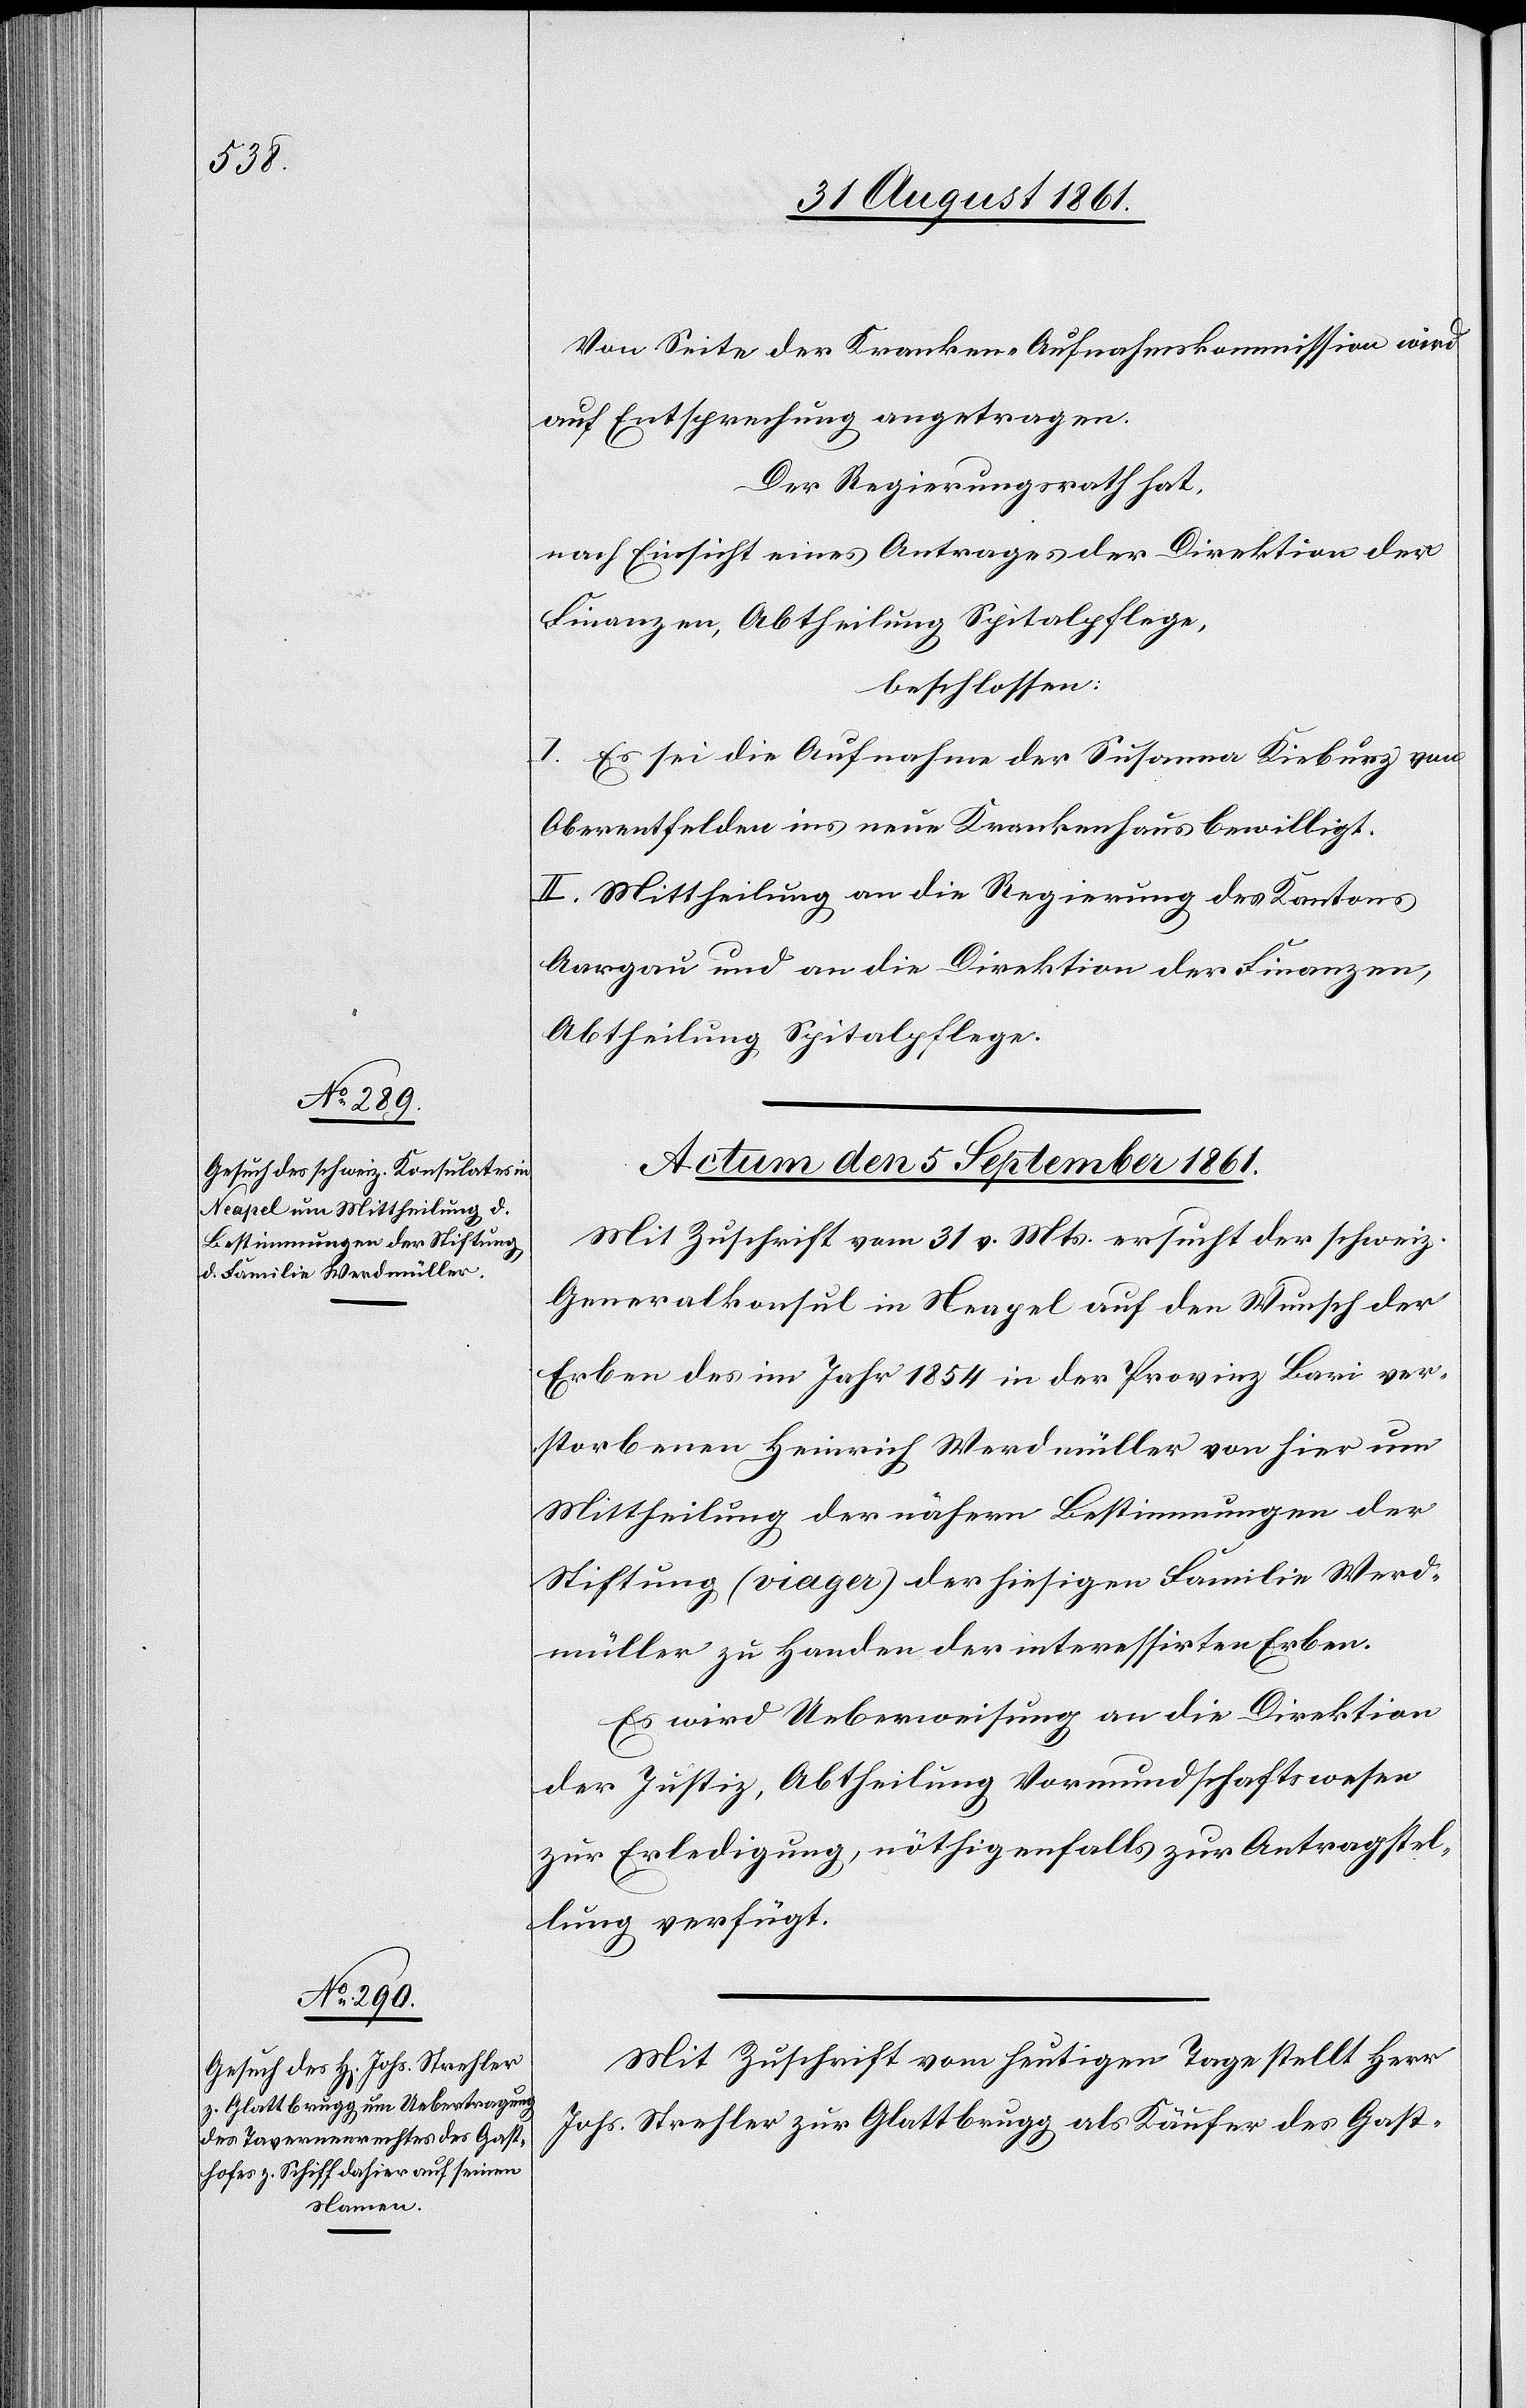
Von Seite der Kranken-Aufnahmskommission wird
auf Entsprechung angetragen.
Der Regierungsrath hat,
nach Einsicht eines Antrages der Direktion der
beschlossen:
I. Es sei die Aufnahme der Susanna Kieburz von
Oberentfelden ins neue Krankenhaus bewilligt.
II. Mittheilung an die Regierung des Kantons
Aargau und an die Direktion der Finanzen,
Abtheilung Spitalpflege.
Actum den 5 September 1861.]
Mit Zuschrift vom 31 v. Mts. ersucht der schweiz.
Generalkonsul in Neapel auf den Wunsch der
Erben des im Jahr 1854 in der Provinz Bari ver¬
storbenen Heinrich Werdmüller von hier um
Mittheilung der nähern Bestimmungen der
Stiftung (viager) der hiesigen Familie Werd¬
müller zu Handen der interessirten Erben.
Es wird Ueberweisung an die Direktion
der Justiz, Abtheilung Vormundschaftswesen
zur Erledigung, nöthigenfalls zur Antragstel¬
lung verfügt.
Mit Zuschrift vom heutigen Tage stellt Herr
Johs. Strehler zur Glattbrugg als Käufer des Gast-